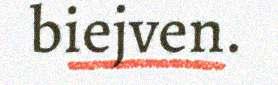
biejven.